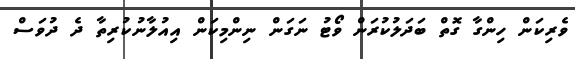
ވެރިކަން ހިންގާ ގޮތް ބަދަލުކުރަން ވޯޓު ނަގަން ނިންމިކަން އިއުލާނުކުރިތާ ދެ ދުވަސް